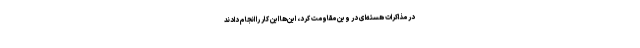
در مذاکرات هسته‌ای در وین مقاومت کرد، این‌ها این کار را انجام دادند